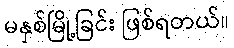
မနှစ်မြို့ခြင်း ဖြစ်ရတယ်။